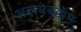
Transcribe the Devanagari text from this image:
अरूमबक्कम